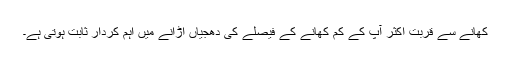
کھانے سے قربت اکثر آپ کے کم کھانے کے فیصلے کی دھجیاں اڑانے میں اہم کردار ثابت ہوتی ہے۔